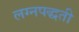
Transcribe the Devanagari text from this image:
लग्नपद्धती